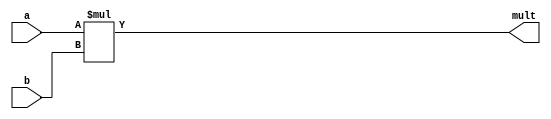
// mult
// mult 64 bits: 32 bist inputs, 64 bits: outputs
module mult_64(a, b, mult);
  input [31:0] a;
  input [31:0] b;
  output [63:0] mult;
  
  assign mult = a * b;

endmodule